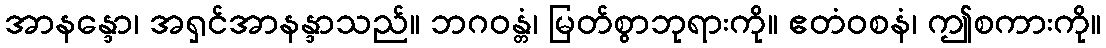
အာနန္ဒော၊ အရှင်အာနန္ဒာသည်။ ဘဂဝန္တံ၊ မြတ်စွာဘုရားကို။ ဧတံဝစနံ၊ ဤစကားကို။